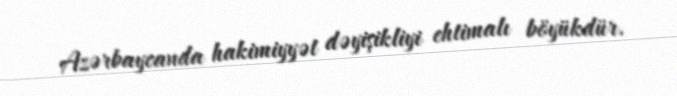
Azərbaycanda hakimiyyət dəyişikliyi ehtimalı böyükdür.